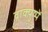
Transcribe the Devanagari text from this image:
वाक्पुष्पें